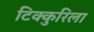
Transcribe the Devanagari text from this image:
टिक्कुरिला